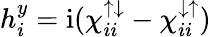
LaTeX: h_{i}^{y}=\mathrm{i}(\chi_{ii}^{{\uparrow}{\downarrow}}-\chi_{ii}^{{\downarrow}{\uparrow}})